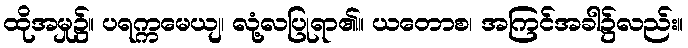
ထိုအမှု၌။ ပရက္ကမေယျ၊ လုံ့လပြုရာ၏။ ယတောစ၊ အကြင်အခါ၌လည်း။